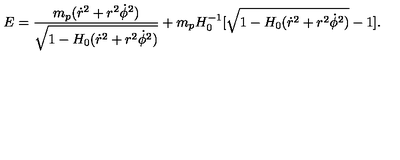
E = \frac { m _ { p } ( \dot { r } ^ { 2 } + r ^ { 2 } \dot { \phi } ^ { 2 } ) } { \sqrt { 1 - H _ { 0 } ( \dot { r } ^ { 2 } + r ^ { 2 } \dot { \phi } ^ { 2 } ) } } + m _ { p } H _ { 0 } ^ { - 1 } [ \sqrt { 1 - H _ { 0 } ( \dot { r } ^ { 2 } + r ^ { 2 } \dot { \phi } ^ { 2 } ) } - 1 ] .